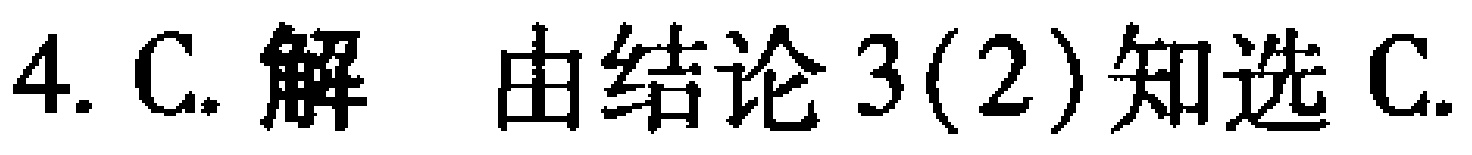
4. C. 解 由结论3(2)知选C.